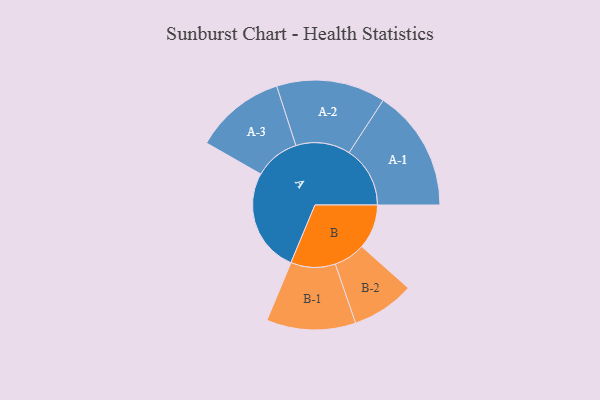
{"axis": {"x": "Segment", "y": "Value"}, "legend": ["", "A", "B"], "data": [{"x": "A", "y": 387, "type": ""}, {"x": "B", "y": 166, "type": ""}, {"x": "A-1", "y": 227, "type": "A"}, {"x": "A-2", "y": 203, "type": "A"}, {"x": "A-3", "y": 169, "type": "A"}, {"x": "B-1", "y": 166, "type": "B"}, {"x": "B-2", "y": 117, "type": "B"}]}